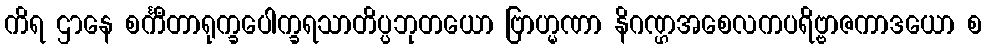
ကိရ ဌာနေ စင်္ကီတာရုက္ခပေါက္ခရသာတိပ္ပဘုတယော ဗြာဟ္မဏာ နိဂဏ္ဌအစေလကပရိဗ္ဗာဇကာဒယော စ